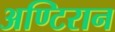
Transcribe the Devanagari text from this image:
अण्टिरान